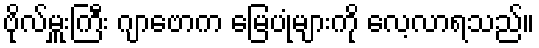
ဗိုလ်မှူးကြီး ဂျာဗောက မြေပုံများကို လေ့လာရသည်။